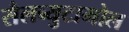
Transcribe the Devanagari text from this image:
सैलब्युटामोल